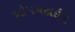
ઓપનટાઇપ